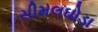
સીમલઘોડા